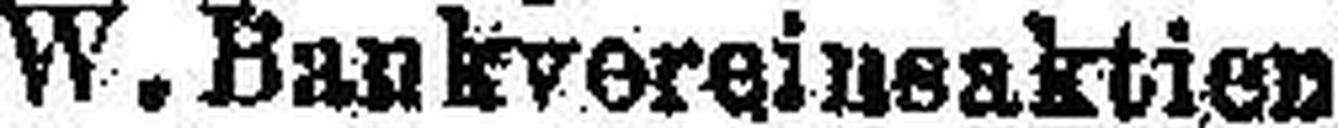
W. Bankvereinsaktien